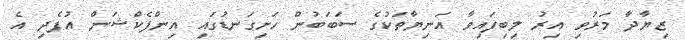
ޒިޔާދާ މަރުވި އިރު ލިބިފައިވާ އަނިޔާތަކުގެ ސަބަބުން ހަށިގަނޑުގައި އިންފެކްޝަން އުފެދި އެ